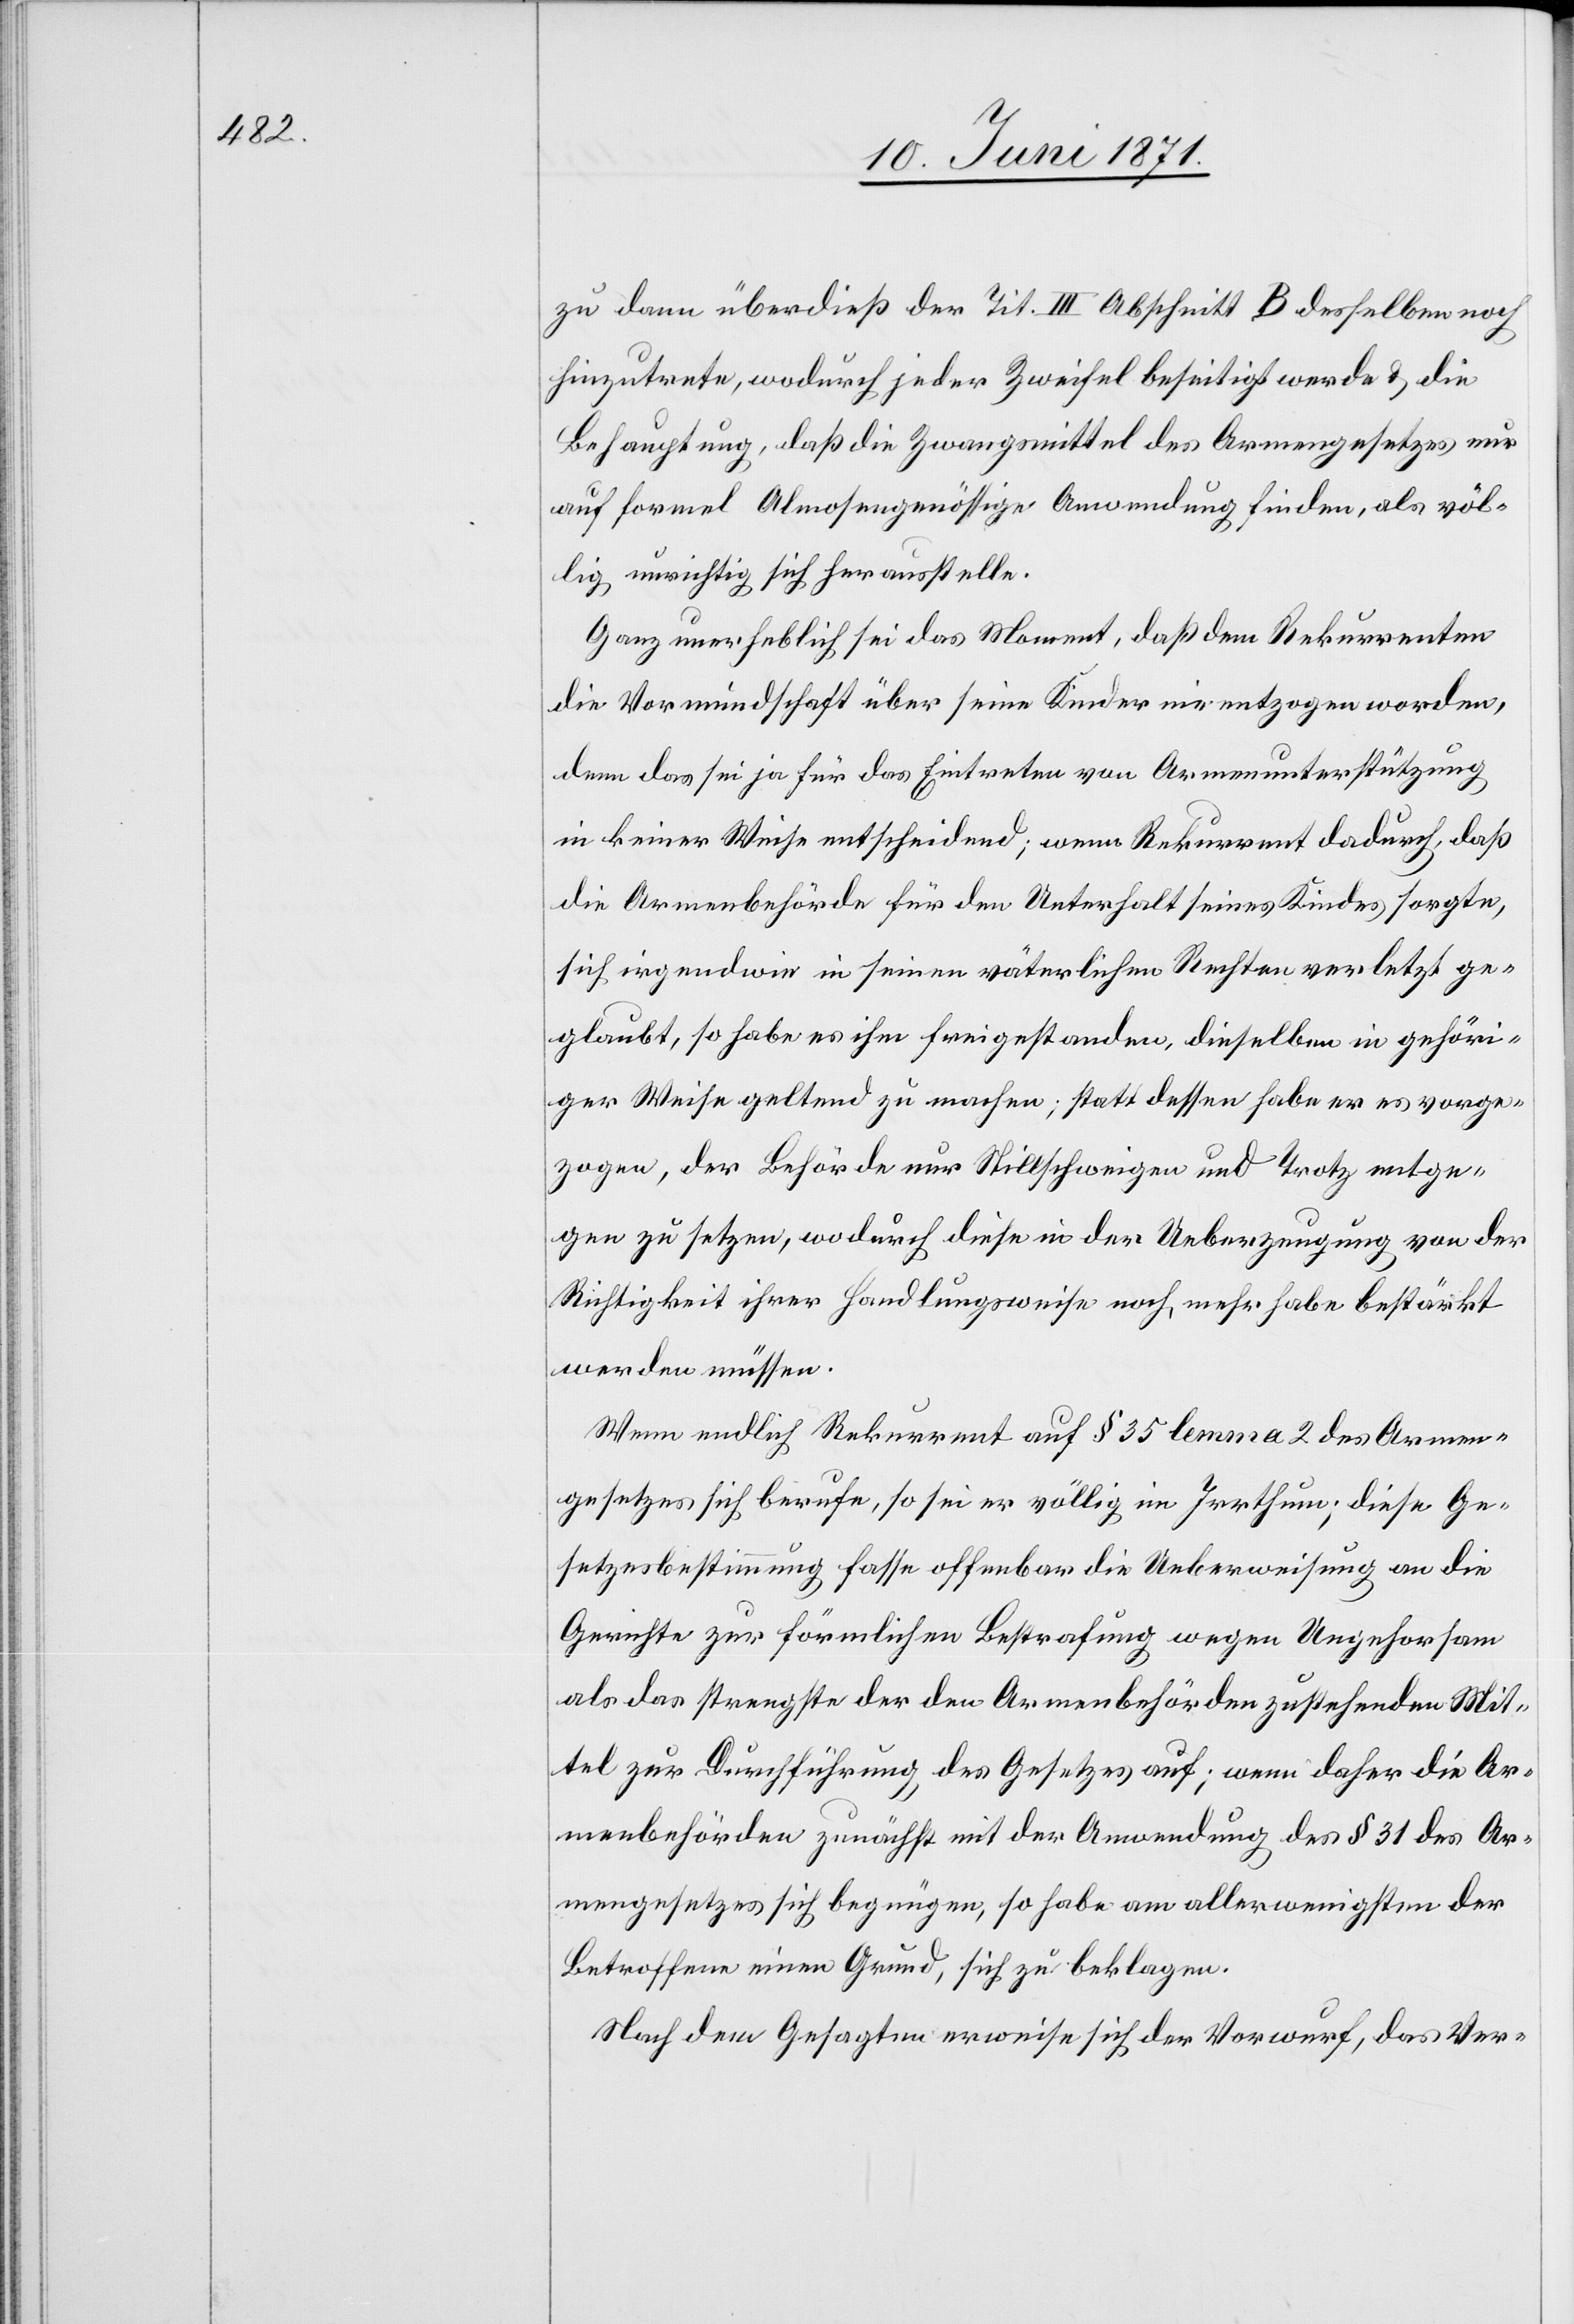
zu dann überdieß der Tit. III Abschnitt B desselben noch
hinzutrete, wodurch jeder Zweifel beseitigt werde u. die
Behauptung, daß die Zwangsmittel des Armengesetzes nur
auf formel Almosengenössige Anwendung finden, als völ¬
lig unrichtig sich herausstelle.
Ganz unerheblich sei das Moment, daß dem Rekurrenten
die Vormundschaft über seine Kinder nie entzogen worden,
denn das sei ja für das Eintreten von Armenunterstützung
in keiner Weise entscheidend; wenn Rekurrent dadurch, daß
die Armenbehörde für den Unterhalt seines Kindes sorgte,
sich irgendwie in seinen väterlichen Rechten verletzt ge¬
glaubt, so habe es ihm freigestanden, dieselben in gehöri¬
ger Weise geltend zu machen; statt dessen habe er es vorge¬
zogen, der Behörde nur Stillschweigen und Trotz entge¬
gen zu setzen, wodurch diese in der Ueberzeugung von der
Richtigkeit ihrer Handlungsweise noch mehr habe bestärkt
werden müssen.
Wenn endlich Rekurrent auf § 35 lemma 2 des Armen¬
gesetzes sich berufe, so sei er völlig im Irrthum; diese Ge¬
setzesbestimmung fasse offenbar die Ueberweisung an die
Gerichte zur förmlichen Bestrafung wegen Ungehorsam
als das strengste der den Armenbehörden zustehenden Mit¬
tel zur Durchführung des Gesetzes auf; wenn daher die Ar¬
menbehörden zunächst mit der Anwendung des § 31 des Ar¬
mengesetzes sich begnügen, so habe am allerwenigsten der
Betroffene einen Grund, sich zu beklagen.
Nach dem Gesagten erweise sich der Vorwurf, das Ver-